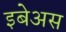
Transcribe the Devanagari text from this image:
इबेअस